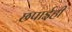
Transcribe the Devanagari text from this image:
छपाईही